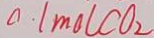
0 . 1 m o l c o _ { 2 }